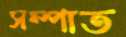
সম্পাত